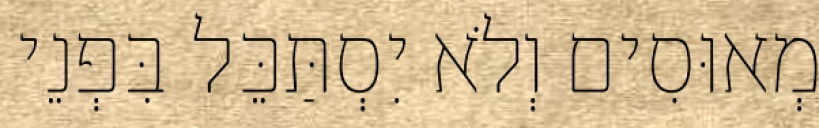
מְאוּסִים וְלֹא יִסְתַּכֵּל בִּפְנֵי